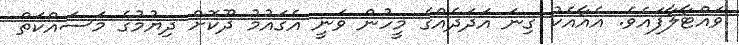
ވައްޓާލާފައެވެ. އެއާއެކު ގިނަ އަދަދެއްގެ މީހުން ވަނީ އެގައުމު ދޫކޮށް ދިޔުމުގެ މަސައްކަތް